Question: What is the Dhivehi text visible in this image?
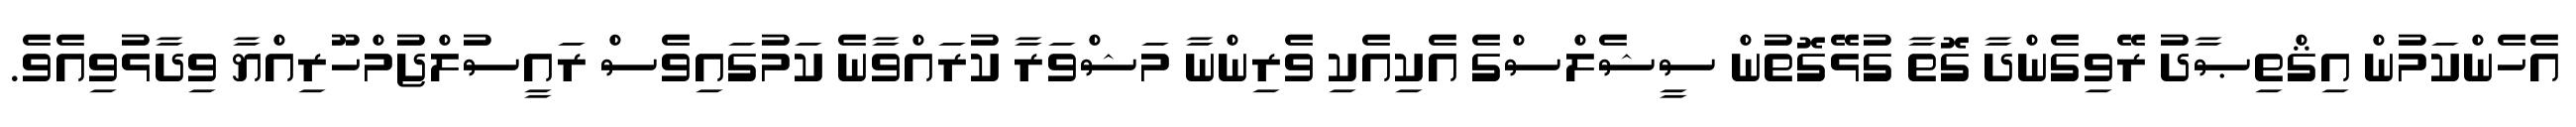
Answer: އެހެންކަމުން އިޤްތިޞާދު ރޭވިގެންދާ ގޮތާ ގުޅޭގޮތުން ސީޝެލްސްގެ އެކިއެކި ވެރިންނާ މަޝްވަރާ ކުރައްވާނެ ކަމުގައިވެސް ރައީސުލްޖުމްހޫރިއްޔާ ވިދާޅުވިއެވެ.